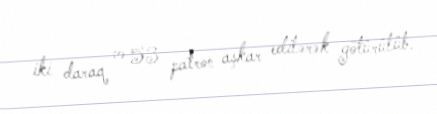
iki daraq və 53 patron aşkar edilərək götürülüb.